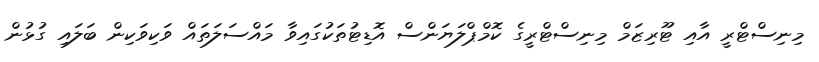
މިނިސްޓްރީ އާއި ޓޫރިޒަމް މިނިސްޓްރީގެ ކޮމްޕްލަޔަންސް އޮޑިޓުތަކުގައިވާ މައްސަލަތައް ވަކިވަކިން ބަލައި ގުޅުން